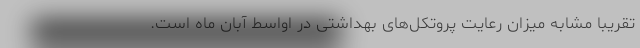
تقریبا مشابه میزان رعایت پروتکل‌های بهداشتی در اواسط آبان ماه است.